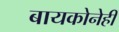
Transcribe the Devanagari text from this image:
बायकोनेही